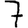
Digit: 7